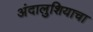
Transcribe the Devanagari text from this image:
अंदालुशियाचा